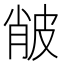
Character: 𤿨